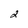
Character: 2